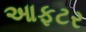
આફટર